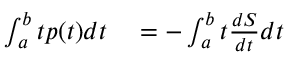
\begin{array} { r l } { \int _ { a } ^ { b } t p ( t ) d t } & { { } = - \int _ { a } ^ { b } t \frac { d S } { d t } d t } \end{array}